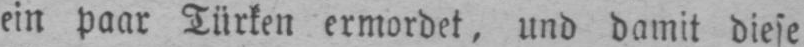
ein paar Türken ermordet, und damit diese